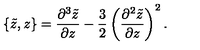
\{ \tilde { z } , z \} = \frac { \partial ^ { 3 } \tilde { z } } { \partial z } - \frac { 3 } { 2 } \left( \frac { \partial ^ { 2 } \tilde { z } } { \partial z } \right) ^ { 2 } .